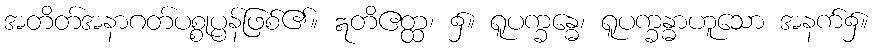
အတိတ်အနာဂတ်ပစ္စုပ္ပန်ဖြစ်၏။ ဣတိဧတ္ထ၊ ၌။ ရူပက္ခန္ဓေ၊ ရူပက္ခန္ဓာဟူသော အနက်၌။